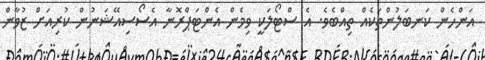
އަންހެން ކަނބަލުންތަކެއް ތިއްބެވެ. އެ ސްޓޯލަކީ ވިމެން އެންޓަޕްރޮނާ އެސޯސިއޭޝަނުން ކުރިއަށް ޒުވާން